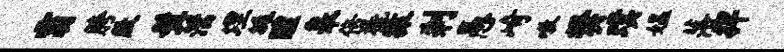
霸胯殷髯濡埋埏醴皋倍橇猿刹愚崎嗷樊璞媪落捍